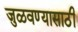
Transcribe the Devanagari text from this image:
जुळवण्यासाठी